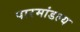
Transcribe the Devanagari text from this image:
पारमांडल्य